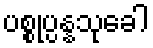
ပစ္စုပ္ပန္နသုခေါ